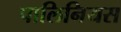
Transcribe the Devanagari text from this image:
पालिनियस